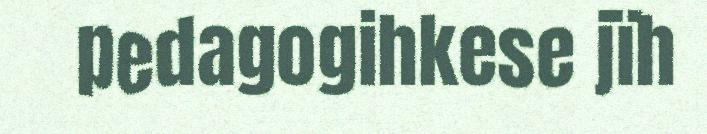
pedagogihkese jïh